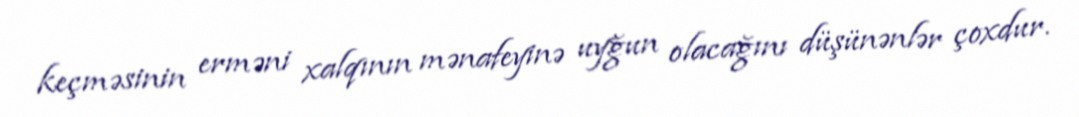
keçməsinin erməni xalqının mənafeyinə uyğun olacağını düşünənlər çoxdur.